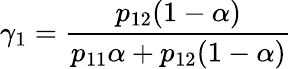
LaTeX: \gamma_{1}=\frac{p_{12}(1-\alpha)}{p_{11}\alpha+p_{12}(1-\alpha)}